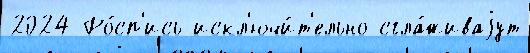
2024 Ро́сп'ись искл'ючи́т'ельно сгла́живаjут